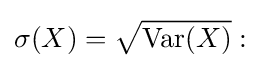
\sigma (X)={\sqrt {\operatorname {Var} (X)}}: